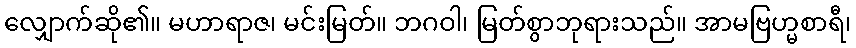
လျှောက်ဆို၏။ မဟာရာဇ၊ မင်းမြတ်။ ဘဂဝါ၊ မြတ်စွာဘုရားသည်။ အာမဗြဟ္မစာရီ၊